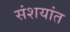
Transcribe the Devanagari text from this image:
संशयांत